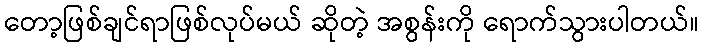
တော့ဖြစ်ချင်ရာဖြစ်လုပ်မယ် ဆိုတဲ့ အစွန်းကို ရောက်သွားပါတယ်။